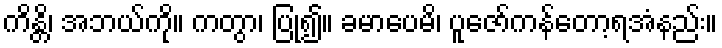
ကိန္တိ၊ အဘယ်ကို။ ကတွာ၊ ပြု၍။ ခမာပေမိ၊ ပူဇော်ကန်တော့ရအံနည်း။